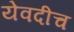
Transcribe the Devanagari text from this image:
येवदीच